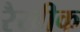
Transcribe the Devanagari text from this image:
रैखीक